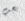
يجب